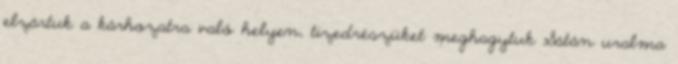
elzártuk a kárhozatra való helyen, tizedrészüket meghagytuk Sátán uralma